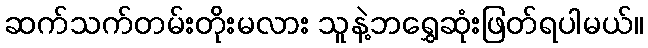
ဆက်သက်တမ်းတိုးမလား သူနဲ့ဘရွှေဆုံးဖြတ်ရပါမယ်။